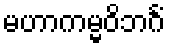
မဟာကမ္မဝိဘင်္ဂံ